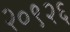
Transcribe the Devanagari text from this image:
२०९२६